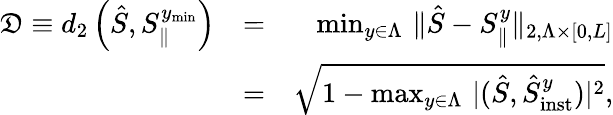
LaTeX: \begin{array}{rlr}{\mathfrak{D}\equiv d_{2}\left(\hat{S},S_{\parallel}^{y_{\mathrm{min}}}\right)}&{=}&{\operatorname*{min}_{y\in\Lambda}\, \| \hat{S}-S_{\parallel}^{y}\| _{2,\Lambda\times\lbrack 0,L\rbrack}}\\ &{=}&{\sqrt{1-\operatorname*{max}_{y\in\Lambda}\, \vert(\hat{S},\hat{S}_{\mathrm{inst}}^{y})\vert^{2}},}\end{array}